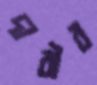
দাবীর